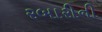
રબારીની